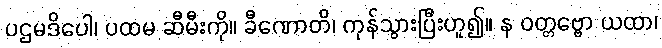
ပဌမဒိပေါ၊ ပထမ ဆီမီးကို။ ခီဏောတိ၊ ကုန်သွားပြီးဟူ၍။ န ဝတ္တဗ္ဗော ယထာ၊